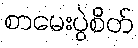
စာမေးပွဲစိတ်